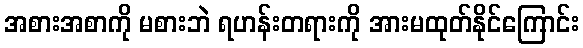
အစားအစာကို မစားဘဲ ရဟန်းတရားကို အားမထုတ်နိုင်ကြောင်း